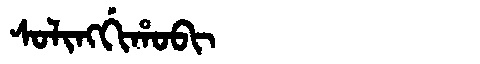
Manchu: ᠰᠣᠯᡳᠩᡤᡳᡥᠣᠪᡳ
Romanization: SOLINGGIHOBI